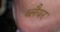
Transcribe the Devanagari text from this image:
ब्लैयर